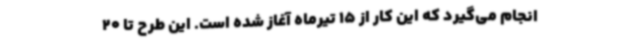
انجام می‌گیرد که این کار از 15 تیرماه آغاز شده است. این طرح تا 20